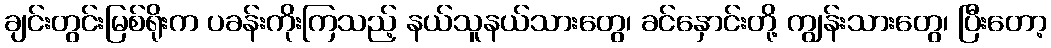
ချင်းတွင်းမြစ်ရိုးက ပခန်းကိုးကြသည့် နယ်သူနယ်သားတွေ၊ ခင်နှောင်းတို့ ကျွန်းသားတွေ၊ ပြီးတော့